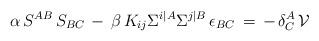
LaTeX: \begin{align*}\alpha \, S^{AB} \, S_{BC} \, - \, \beta \, K_{ij} \Sigma^{i\vert A} \Sigma^{j \vert B} \, \epsilon_{BC} \, = \, - \,\delta^A_C \, \mathcal{V}\end{align*}